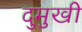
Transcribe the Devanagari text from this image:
दुमुखी